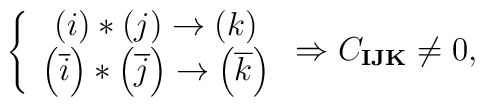
\left\{ \begin{array}{c}\left( i\right) \ast \left( j\right) \rightarrow \left( k\right) \\ \left( \overline{i}\right) \ast \left( \overline{j}\right) \rightarrow\left( \overline{k}\right)\end{array}\right. \Rightarrow C_{\mathbf{IJK}}\neq 0,